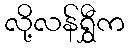
လို့လန်ရွှီက